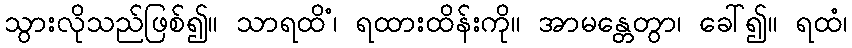
သွားလိုသည်ဖြစ်၍။ သာရထိံ၊ ရထားထိန်းကို။ အာမန္တေတွာ၊ ခေါ်၍။ ရထံ၊